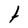
Character: t